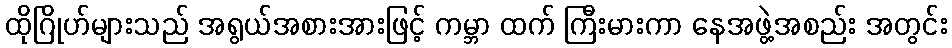
ထိုဂြိုဟ်များသည် အရွယ်အစားအားဖြင့် ကမ္ဘာ ထက် ကြီးမားကာ နေအဖွဲ့အစည်း အတွင်း